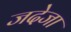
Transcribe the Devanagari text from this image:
जदेजा